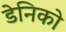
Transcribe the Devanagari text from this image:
डेनिको